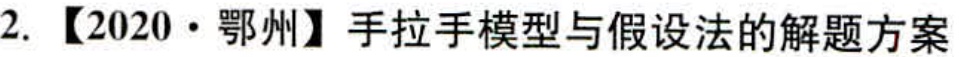
2. 【2020·鄂州】手拉手模型与假设法的解题方案